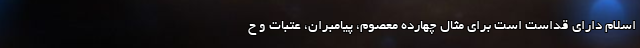
اسلام دارای قداست است برای مثال چهارده معصوم، پیامبران، عتبات و ح